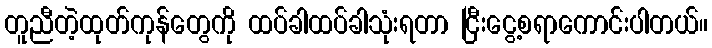
တူညီတဲ့ထုတ်ကုန်တွေကို ထပ်ခါထပ်ခါသုံးရတာ ငြီးငွေ့စရာကောင်းပါတယ်။